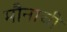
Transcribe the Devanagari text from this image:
मौनाची